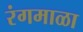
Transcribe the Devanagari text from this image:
रंगमाळा